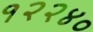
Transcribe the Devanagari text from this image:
१२२४०